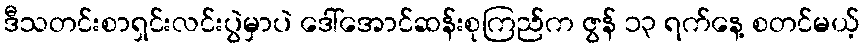
ဒီသတင်းစာရှင်းလင်းပွဲမှာပဲ ဒေါ်အောင်ဆန်းစုကြည်က ဇွန် ၁၃ ရက်နေ့ စတင်မယ့်